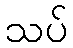
သပ်